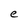
Character: e